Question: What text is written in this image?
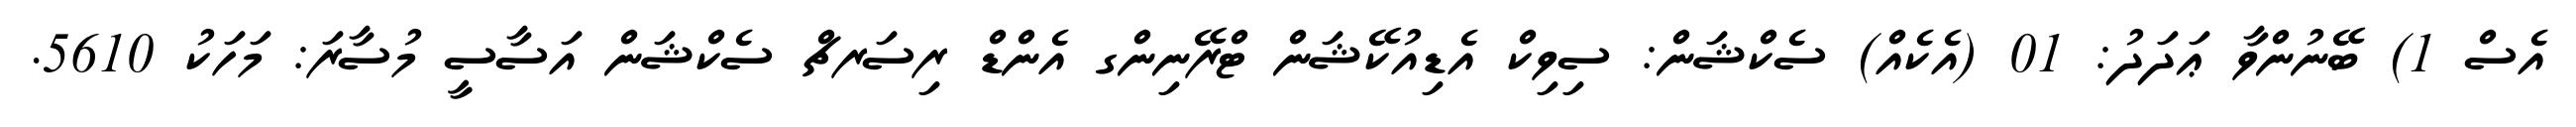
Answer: އެސް 1) ބޭނުންވާ ޢަދަދު: 01 (އެކެއް) ސެކްޝަން: ސިވިކް އެޑިއުކޭޝަން ޓްރޭނިންގ އެންޑް ރިސަރޗް ސެކްޝަން އަސާސީ މުސާރަ: މަހަކު 5610.